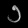
Digit: ၁